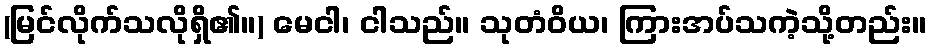
(မြင်လိုက်သလိုရှိ၏။) မေငါ၊ ငါသည်။ သုတံဝိယ၊ ကြားအပ်သကဲ့သို့တည်း။